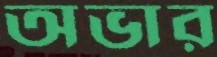
অভার